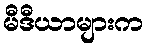
မီဒီယာများက